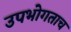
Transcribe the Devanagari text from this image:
उपभोगताच